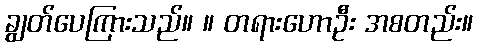
ချွတ်ပေကြားသည်။ ။ တရားဟောဦး အစတည်း။